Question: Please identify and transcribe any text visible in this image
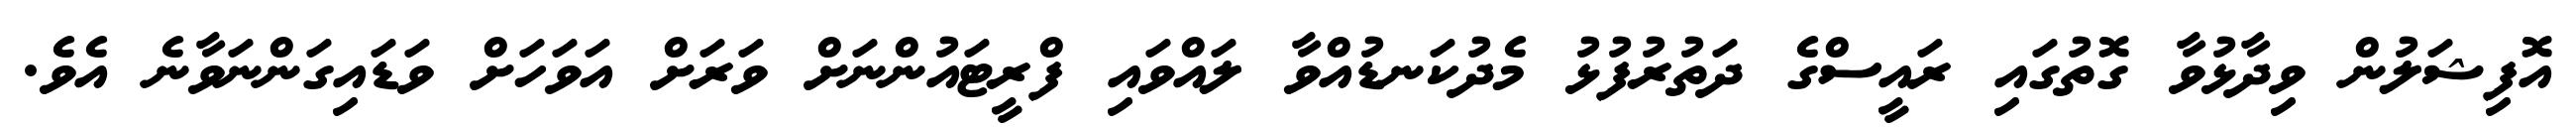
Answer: އޮފިޝަލުން ވިދާޅުވާ ގޮތުގައި ރައީސްގެ ދަތުރުފުޅު މެދުކަނޑުއްވާ ލައްވައި ފްރީޓައުންނަށް ވަރަށް އަވަހަށް ވަޑައިގަންނަވާނެ އެވެ.